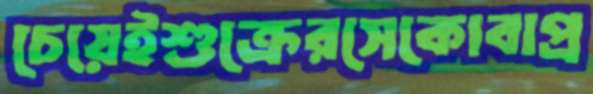
চেয়েইশুক্রেরসেকোবাপ্র